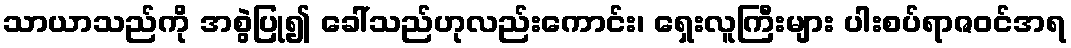
သာယာသည်ကို အစွဲပြု၍ ခေါ်သည်ဟုလည်းကောင်း၊ ရှေးလူကြီးများ ပါးစပ်ရာဇဝင်အရ